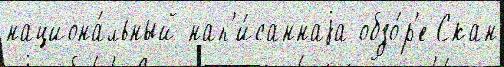
национа́льный нап'и́саннаjа обзо́р'е Скан